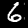
Digit: 6